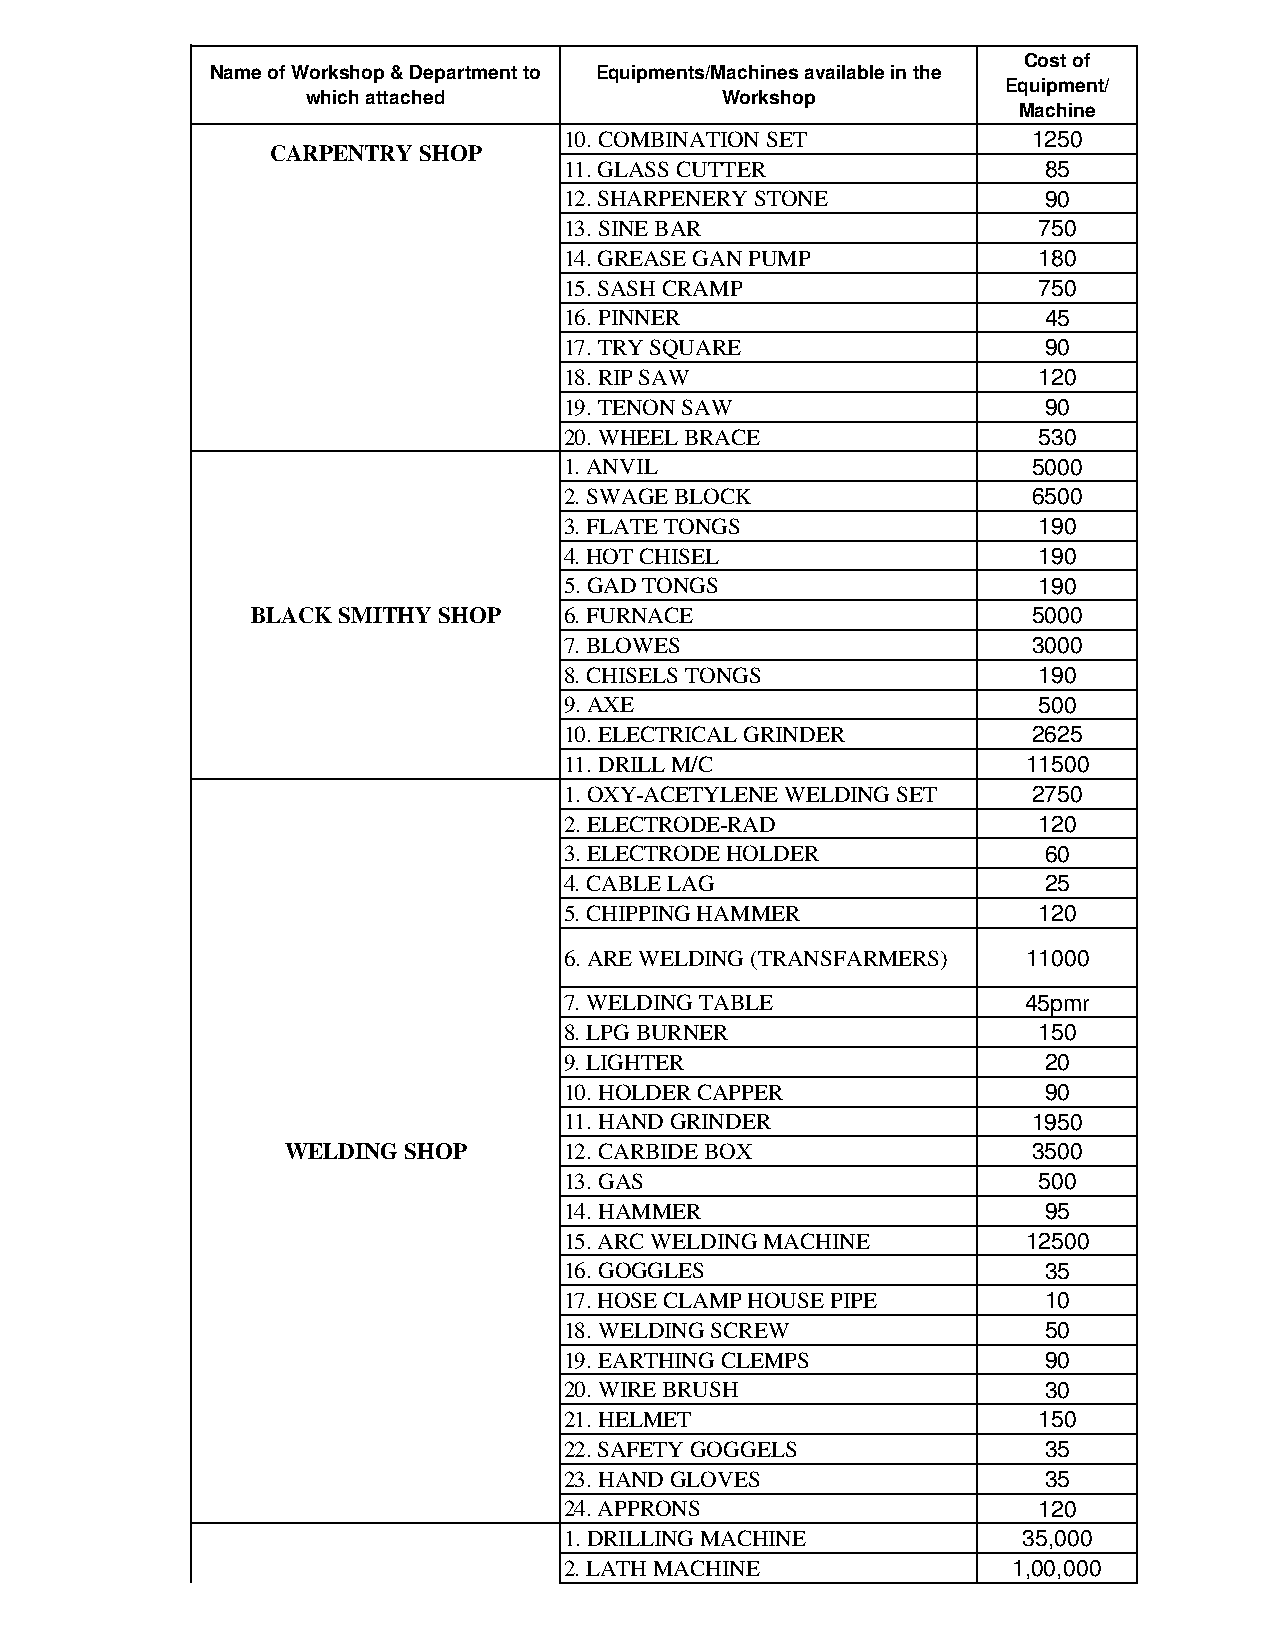
Cost of
 Name of Workshop & Department to Equipments/Machines available in the
 Equipment/
 which attached              Workshop
 Machine
 10. COMBINATION SET            1250
 CARPENTRY SHOP
 11. GLASS CUTTER                85
 12. SHARPENERY STONE            90
 13. SINE BAR                    750
 14. GREASE GAN PUMP             180
 15. SASH CRAMP                  750
 16. PINNER                      45
 17. TRY SQUARE                  90
 18. RIP SAW                     120
 19. TENON SAW                   90
 20. WHEEL BRACE                 530
 1. ANVIL                       5000
 2. SWAGE BLOCK                 6500
 3. FLATE TONGS                  190
 4. HOT CHISEL                   190
 5. GAD TONGS                    190
 BLACK SMITHY SHOP   6. FURNACE                     5000
 7. BLOWES                      3000
 8. CHISELS TONGS                190
 9. AXE                          500
 10. ELECTRICAL GRINDER         2625
 11. DRILL M/C                  11500
 1. OXY-ACETYLENE WELDING SET   2750
 2. ELECTRODE-RAD                120
 3. ELECTRODE HOLDER             60
 4. CABLE LAG                    25
 5. CHIPPING HAMMER              120
 6. ARE WELDING (TRANSFARMERS)  11000
 7. WELDING TABLE               45pmr
 8. LPG BURNER                   150
 9. LIGHTER                      20
 10. HOLDER CAPPER               90
 11. HAND GRINDER               1950
 WELDING SHOP      12. CARBIDE BOX                3500
 13. GAS                         500
 14. HAMMER                      95
 15. ARC WELDING MACHINE        12500
 16. GOGGLES                     35
 17. HOSE CLAMP HOUSE PIPE       10
 18. WELDING SCREW               50
 19. EARTHING CLEMPS             90
 20. WIRE BRUSH                  30
 21. HELMET                      150
 22. SAFETY GOGGELS              35
 23. HAND GLOVES                 35
 24. APPRONS                     120
 1. DRILLING MACHINE            35,000
 2. LATH MACHINE               1,00,000